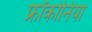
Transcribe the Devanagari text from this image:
फ्रॉंकोनिया